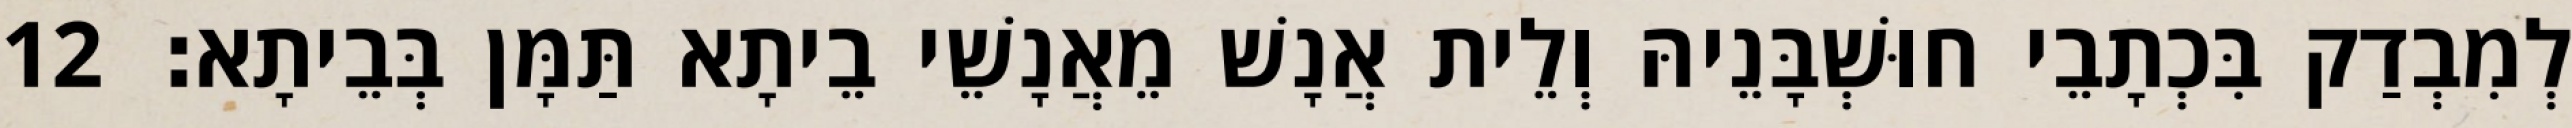
לְמִבְדַק בִּכְתָבֵי חוּשְׁבָּנֵיהּ וְלֵית אֲנָשׁ מֵאֲנָשֵׁי בֵיתָא תַּמָּן בְּבֵיתָא׃ 12